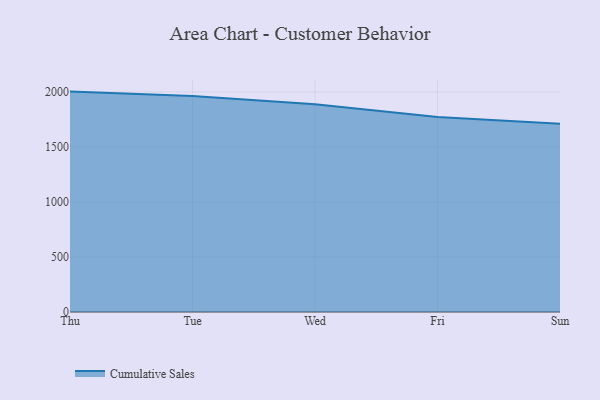
{"axis": {"x": "Day", "y": "Operating Costs (USD K)"}, "legend": ["Cumulative Sales"], "data": [{"x": "Thu", "y": 2003.3, "type": "Cumulative Sales"}, {"x": "Tue", "y": 1964.2, "type": "Cumulative Sales"}, {"x": "Wed", "y": 1887.7, "type": "Cumulative Sales"}, {"x": "Fri", "y": 1772.0, "type": "Cumulative Sales"}, {"x": "Sun", "y": 1710.3, "type": "Cumulative Sales"}]}